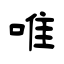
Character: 唯